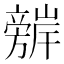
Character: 𭥈